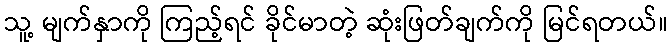
သူ့ မျက်နှာကို ကြည့်ရင် ခိုင်မာတဲ့ ဆုံးဖြတ်ချက်ကို မြင်ရတယ်။